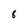
Character: 8